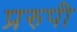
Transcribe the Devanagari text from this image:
प्ररुपी